Applicability to medico-legal practice in India of the biochemical tests for the origin of blood-stains - Number 39
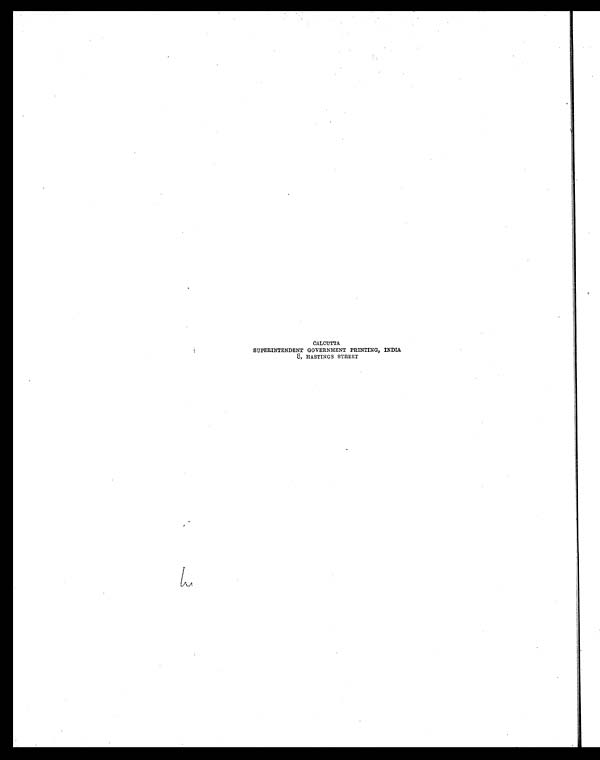
CALCUTTA
SUPERINTENDENT GOVERNMENT PRINTING, INDIA
8, HASTINGS STREET